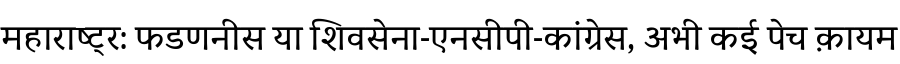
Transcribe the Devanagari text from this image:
महाराष्ट्र: फडणनीस या शिवसेना-एनसीपी-कांग्रेस, अभी कई पेच क़ायम